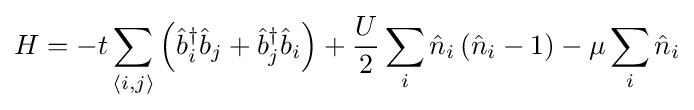
H=-t\sum _{\left\langle i,j\right\rangle }\left({\hat {b}}_{i}^{\dagger }{\hat {b}}_{j}+{\hat {b}}_{j}^{\dagger }{\hat {b}}_{i}\right)+{\frac {U}{2}}\sum _{i}{\hat {n}}_{i}\left({\hat {n}}_{i}-1\right)-\mu \sum _{i}{\hat {n}}_{i}